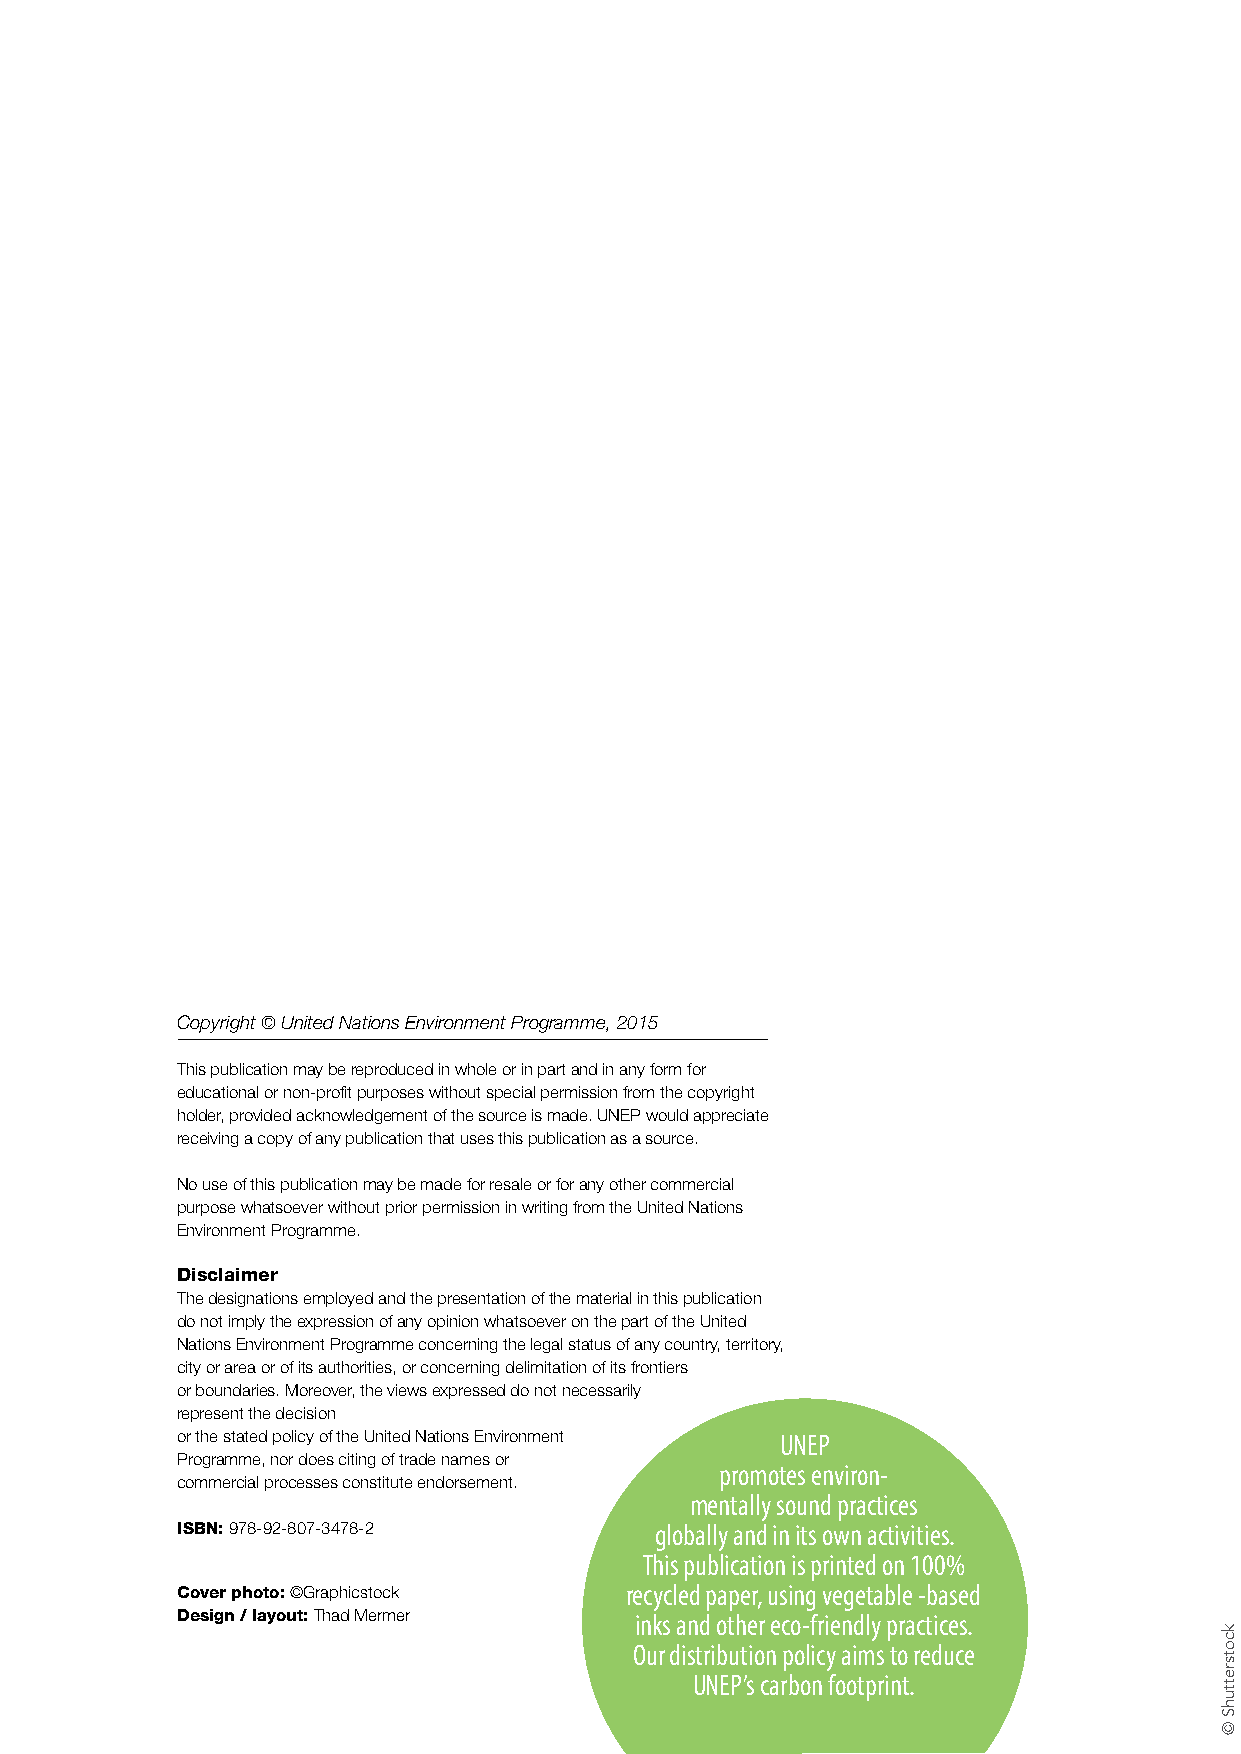
Copyright © United Nations Environment Programme, 2015
 This publication may be reproduced in whole or in part and in any form for
 educational or non-profit purposes without special permission from the copyright
 holder, provided acknowledgement of the source is made. UNEP would appreciate
 receiving a copy of any publication that uses this publication as a source.
 No use of this publication may be made for resale or for any other commercial
 purpose whatsoever without prior permission in writing from the United Nations
 Environment Programme.
 Disclaimer
 The designations employed and the presentation of the material in this publication
 do not imply the expression of any opinion whatsoever on the part of the United
 Nations Environment Programme concerning the legal status of any country, territory,
 city or area or of its authorities, or concerning delimitation of its frontiers
 or boundaries. Moreover, the views expressed do not necessarily
 represent the decision
 or the stated policy of the United Nations Environment UNEP
 Programme, nor does citing of trade names or
 promotes environ-
 commercial processes constitute endorsement.
 mentally sound practices
 ISBN: 978-92-807-3478-2        globally and in its own activities.
 This publication is printed on 100%
 Cover photo: ©Graphicstock   recycled paper, using vegetable -based
 Design / layout: Thad Mermer  inks and other eco-friendly practices.
 Our distribution policy aims to reduce
 UNEP’s carbon footprint.
 kcotsrettuhS
 ©